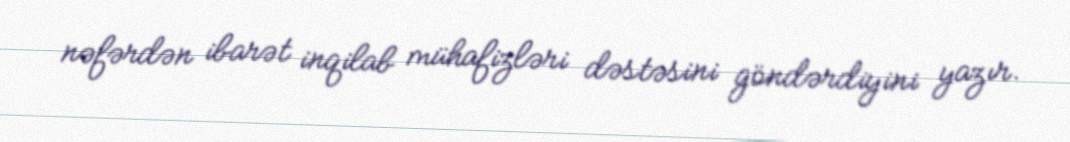
nəfərdən ibarət inqilab mühafizləri dəstəsini göndərdiyini yazır.